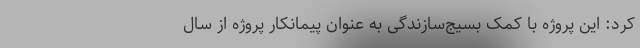
کرد: این پروژه با کمک بسیج‌سازندگی به عنوان پیمانکار پروژه از سال